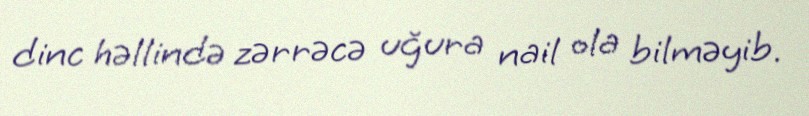
dinc həllində zərrəcə uğura nail ola bilməyib.